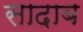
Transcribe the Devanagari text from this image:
सादाब